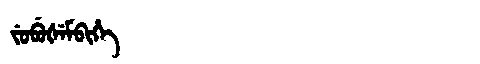
Manchu: ᠵᡠᠪᡠᡧᡝᠮᠪᡳᡥᡝ
Romanization: JUBUŠEMBIHE